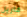
فاريل